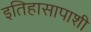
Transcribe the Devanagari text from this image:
इतिहासापाशी